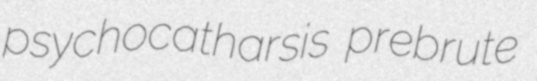
psychocatharsis prebrute